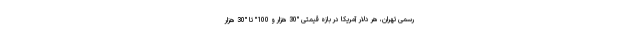
رسمی تهران، هر دلار آمریکا در بازه قیمتی "30 هزار و 100" تا "30 هزار